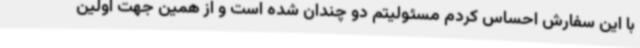
با این سفارش احساس کردم مسئولیتم دو چندان شده است و از همین جهت اولین